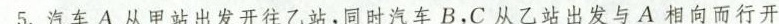
5.汽车A从甲站出发开往乙站，同时汽车B，C从乙站出发与A相向而行开